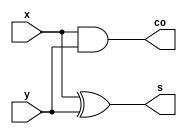
module one_bit_half_adder(s,co,x,y);

//port definiton
input x,y;
output s,co;

//structural modeling
and g1(co,x,y);
xor g2(s,x,y);

//dataflow modeling
assign co = x & y;
assign s = x ^ y;

endmodule